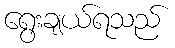
ရွေးချယ်ရသည်